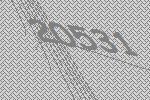
20531